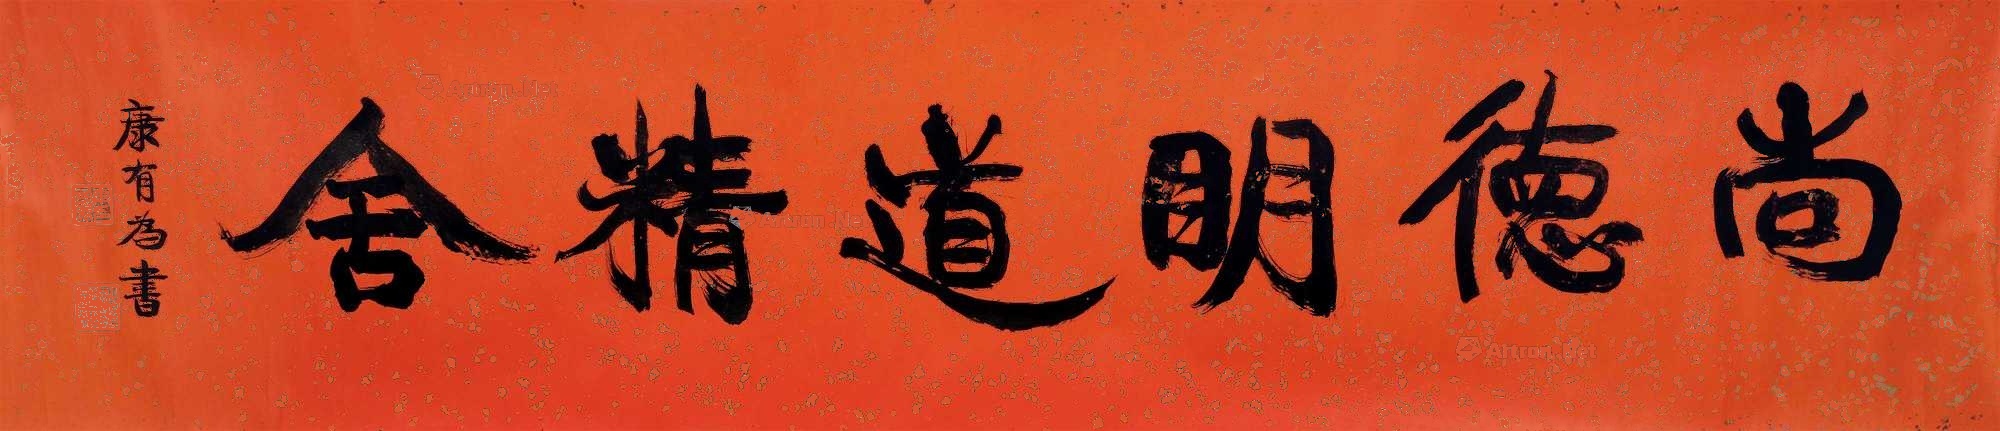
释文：尚德明道精舍康有为书。